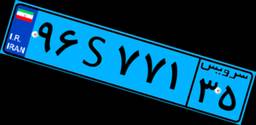
۹۶S۷۷۱۳۵